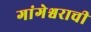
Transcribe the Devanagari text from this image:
गांगेश्वराची